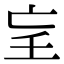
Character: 𡔞